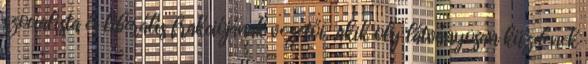
szocialista és liberális frakciójának vezetői, „akik oly látványosan küzdenek